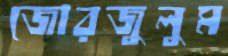
জোরজুলুম